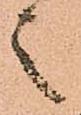
之